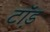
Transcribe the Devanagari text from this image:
टॉ़ड